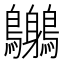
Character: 𪈨